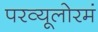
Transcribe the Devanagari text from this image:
परव्यूलोरमं